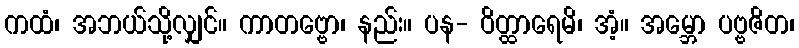
ကထံ၊ အဘယ်သို့လျှင်။ ကာတဗ္ဗော၊ နည်း။ ပန- ဝိတ္ထာရေမိ၊ အံ့။ အမ္ဘော ပဗ္ဗဇိတ၊